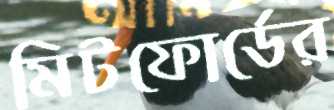
মিটফোর্ডের